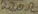
Text: 220Ω